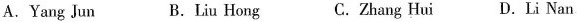
A. Yang Jun B.Liu Hong C.Zhang Hui D.Li Nan